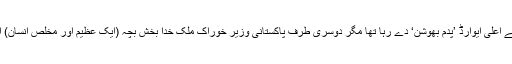
ایک طرف تو بھارت اس سائنسدان کو ملک کا سب سے اعلیٰ ایوارڈ ’پدم بھوشن‘ دے رہا تھا مگر دوسری طرف پاکستانی وزیر خوراک ملک خدا بخش بچہ (ایک عظیم اور مخلص انسان) ادہار میں بیج کی فراہمی کے لئے خط لکھ رہے تھے۔